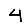
Digit: 4